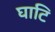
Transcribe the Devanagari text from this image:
घाटि